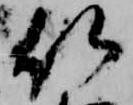
以